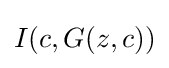
I(c,G(z,c))